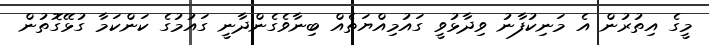
މީގެ އިތުރުން އެ މަނިކުފާނު ވިދާޅުވީ ގައުމިއްޔަތެއް ބިނާވެގެންދާނީ ގައުމުގެ ކަންކަމާ ގުޅޭގޮތުން